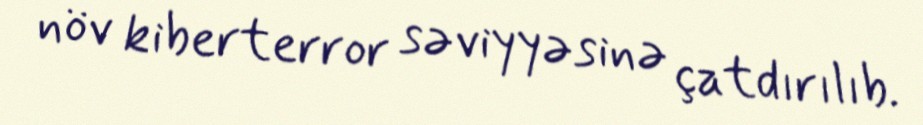
növ kiberterror səviyyəsinə çatdırılıb.